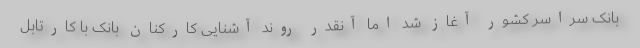
بانک سراسر کشور آغاز شد اما آنقدر روند آشنایی کارکنان بانک با کارتابل